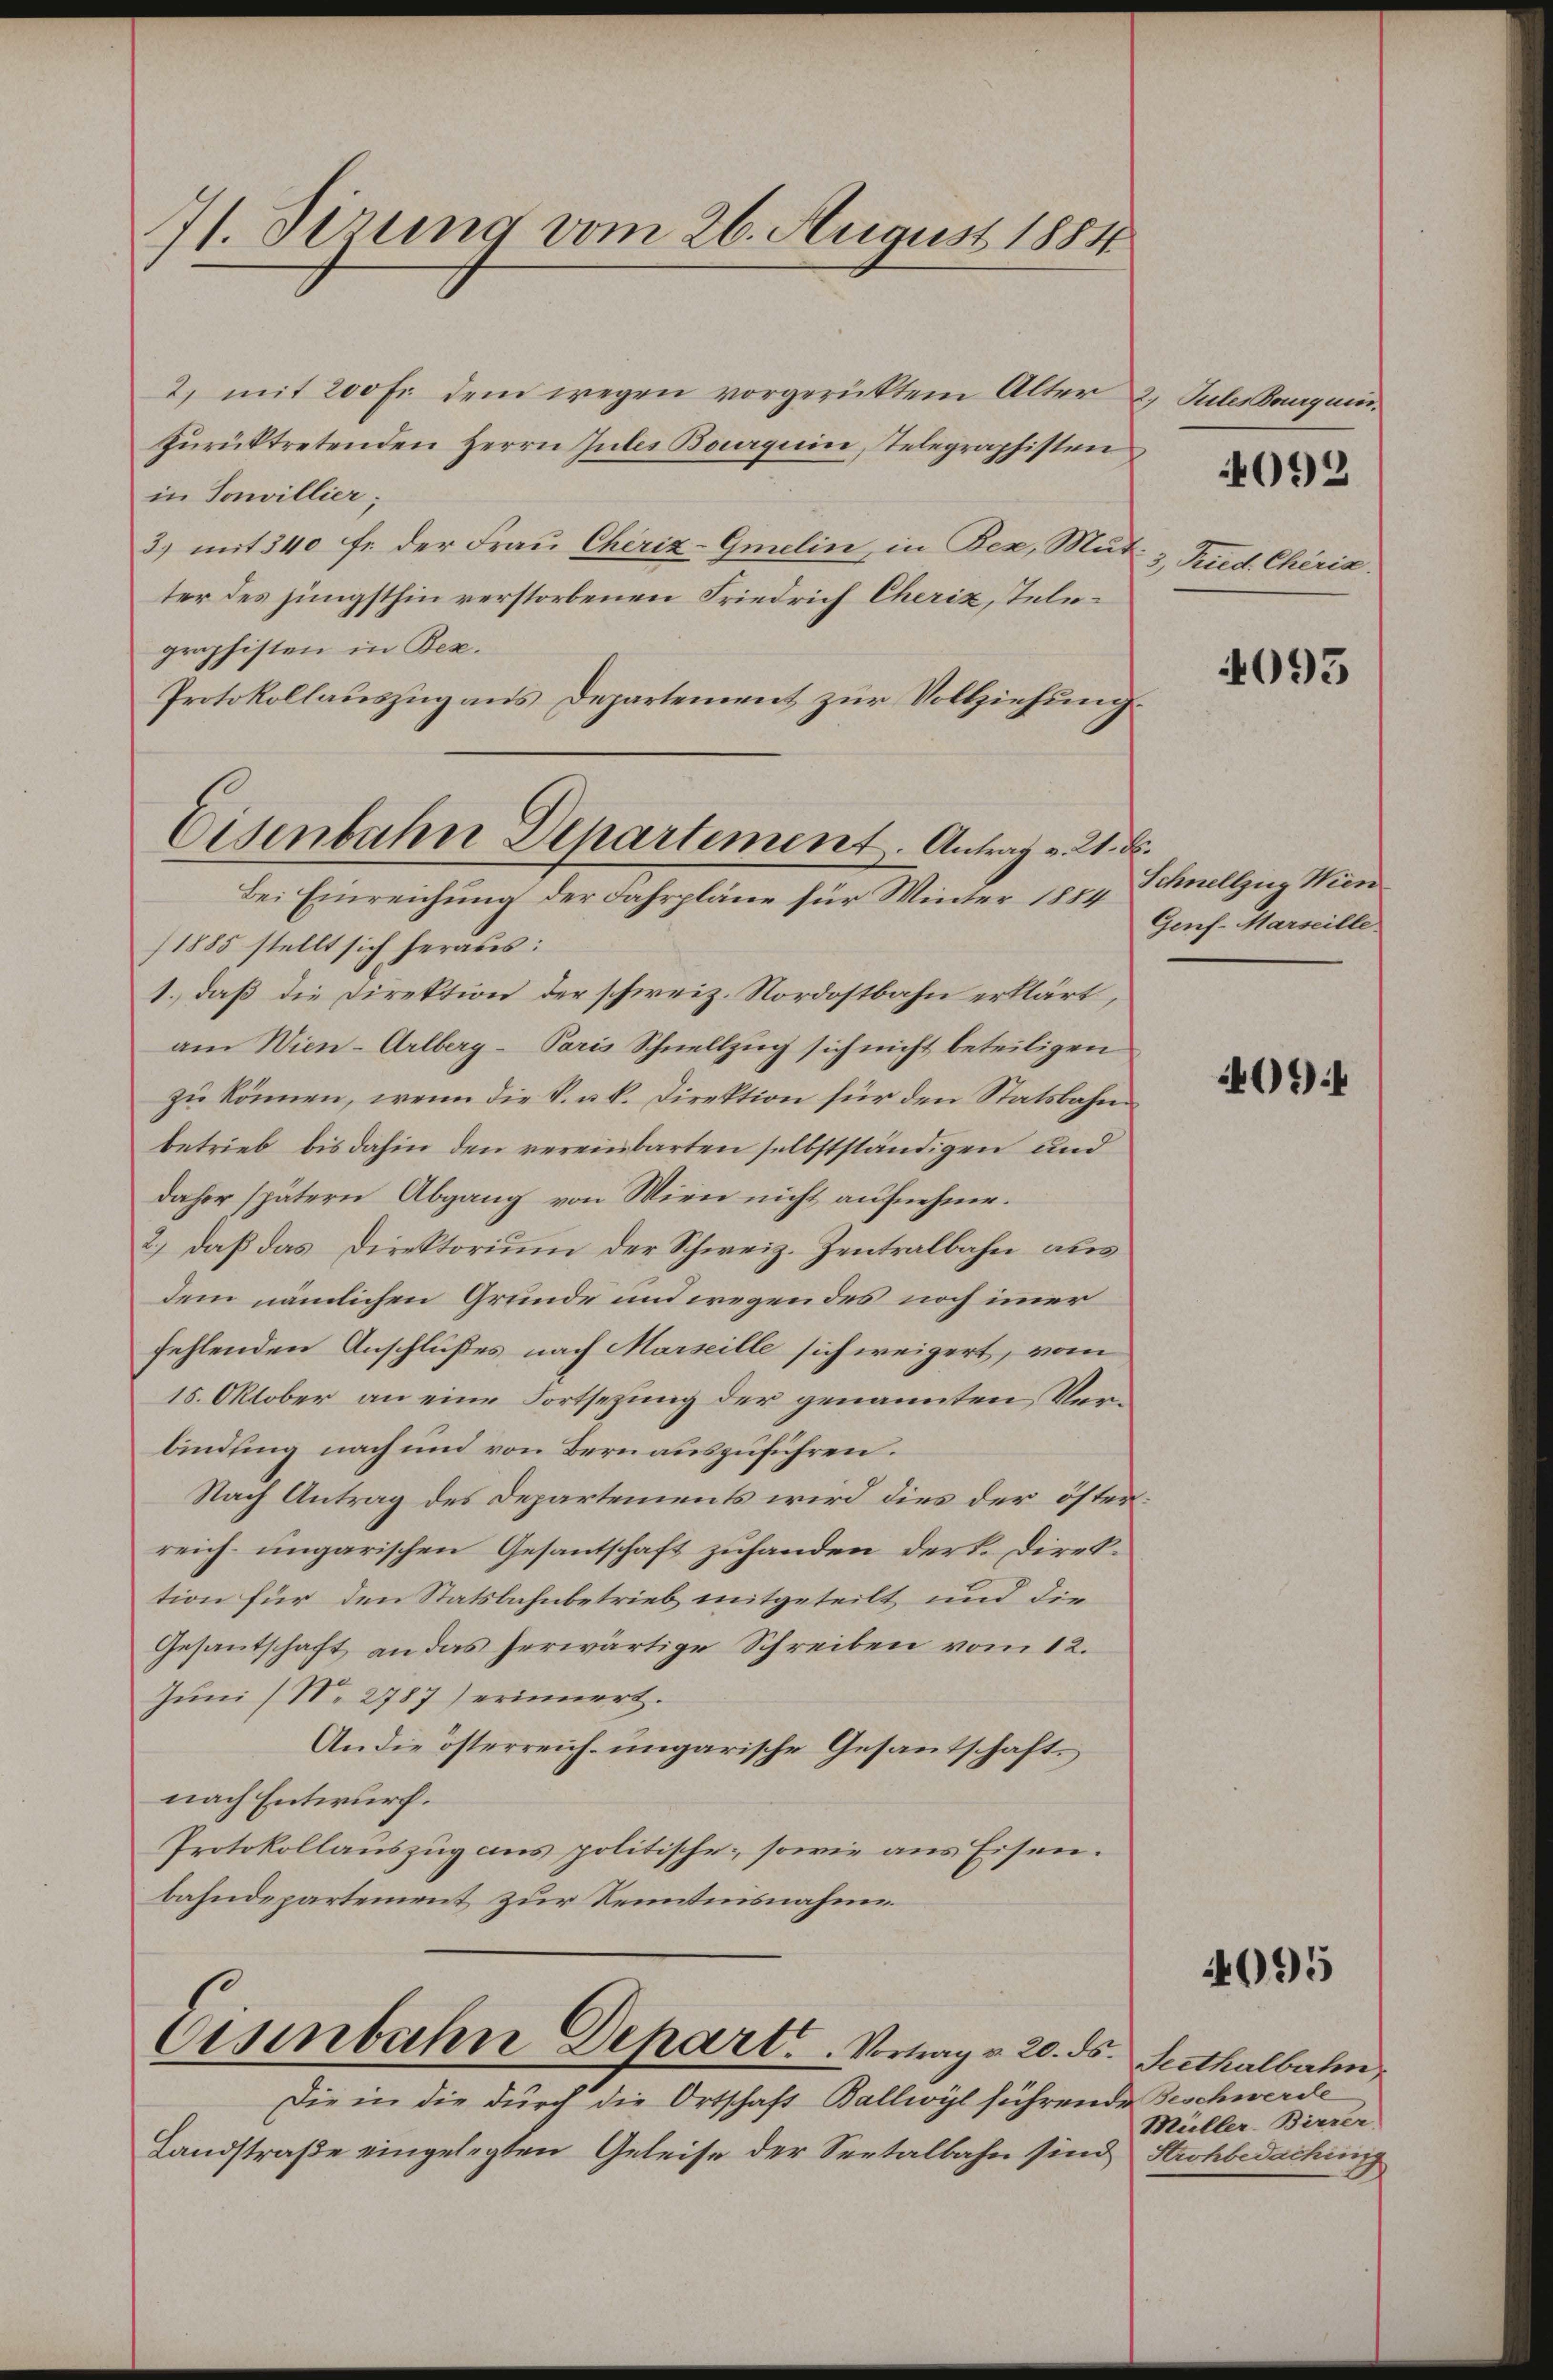
71. Sizung vom 26. August 1884

2. mit 200 Fr. dem wegen vorgerücktem Alter 2. Julierbargum
zŭrücktretenden Herrn Gutes Bauerguin, Telegraphisten
in Sonvillier;
3) mit 340 fr. der Frau Cheriz-Gmelin, in Bex, Mutter des jüngsthin verstorbenen Friedrich Cherix, Telegraphisten in Bez.
Protokollauszug aus Departement zur Vollziehung.
/1885 stellt sich heraus:
1.) daß die Direktion der schweiz. Nordostbahn erklärt,
am Wien-Arlberg-Paris Schnellzug sich nicht beteiligen
zu können, wenn die P. ab. Direktion für den Statsbahn
betrieb bis dahin den vereinbarten selbstständigen und
daher spätern Abgang von Wien nicht aufnehme.
2.) daß das Direktorium der Schweiz. Zentralbahn aus
dem nämlichen Grunde und wegendes noch immer
fehlenden Anschlußes nach Marseille sich weigert, vom
15. Oktober an eine Fortsezung der genannten Verbindung nach und von Bern auszuführen.
Nach Antrag des Departements wird dies der österreich- ungarischen Gesantschaft zuhanden der K. Direktion für den Statsbahnbetrieb mitgeteilt und die
Gesantschaft an das herwärtige Schreiben vom 12.
Juni (N. 2787) erinnert.
An die österreich- ungarische Gesantschaft.
nach Entwurf.
Protokollauszug aus politische, sowie aus Eisen.
bahndepartement zur Kenntnisnahme

Eisenbahn Departement. Antrag v. 2. d.
Bei Einreichung der Fahrpläne für Winter 1854 Schnellzug Wien

Eisenbahn Depart. Vertrag v. 20. ds. Seithalbahn,

Die in die durch die Ortschaft Ballwyl führende Beschwerde
Landstraße eingelegten Geleise der Seetalbahn sind Strohbedaching

092

Fried. Chéria.

4093

Genf-Marseille

094

4095

Müller. Birrer